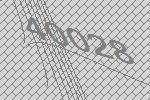
40028